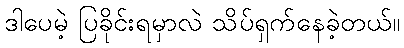
ဒါပေမဲ့ ပြခိုင်းရမှာလဲ သိပ်ရှက်နေခဲ့တယ်။